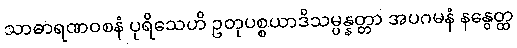
သာဓာရဏဝစနံ ပုရိသေဟိ ဥတုပစ္စယာဒိသမ္ပန္နတ္တာ အပဂမနံ နနွေတ္ထ